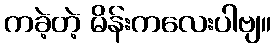
ကခဲ့တဲ့ မိန်းကလေးပါဗျ။